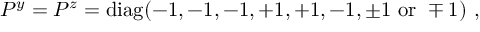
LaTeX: P ^ { y } = P ^ { z } = \mathrm { d i a g } ( - 1 , - 1 , - 1 , + 1 , + 1 , - 1 , \pm 1 ~ \mathrm { o r } ~ \mp 1 ) ~ , ~ \,